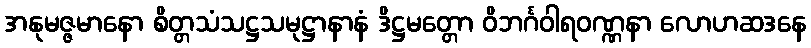
အနုမဇ္ဇမာနော စိတ္တသံသဋ္ဌသမုဋ္ဌာနာနံ ဒိဋ္ဌမတ္တော ဝိဘင်္ဂဝါရဝဏ္ဏနာ လောဟဆဒနေ